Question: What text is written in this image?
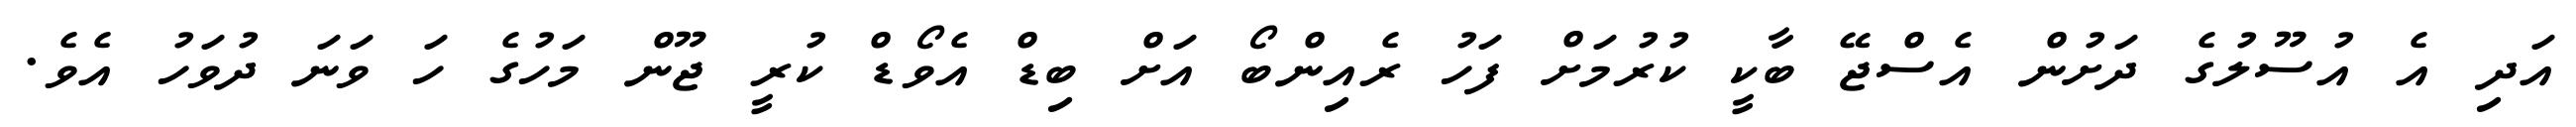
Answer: އަދި އެ އުސޫލުގެ ދަށުން އެސްޖޭ ބާކީ ކުރުމަށް ފަހު ރެއިންބޯ އަށް ބިޑް އެވޯޑް ކުރީ ޖޫން މަހުގެ ހަ ވަނަ ދުވަހު އެވެ.